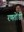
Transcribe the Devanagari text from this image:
रणतोंडी